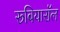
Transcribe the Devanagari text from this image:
रूबियारॉल